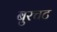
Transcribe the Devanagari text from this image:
बुरचट